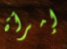
إمرأة